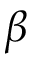
\beta